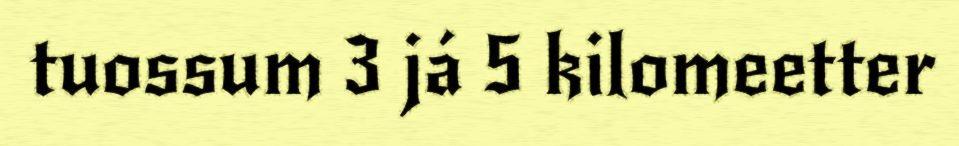
tuossum 3 já 5 kilomeetter